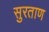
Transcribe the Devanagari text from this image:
सुरताण